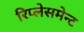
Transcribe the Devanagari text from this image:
रिप्लेसमेन्ट